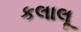
કલાલૂ